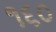
૧૬૦